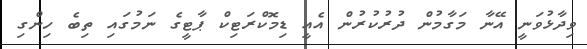
ވިދާޅުވަނީ އޭނާ މަގާމުން ދުރުކުރުން އެއީ ޑިމޮކްރަޓިކް ޕާޓީގެ ނަމުގައި ތިބެ ހިންގި